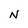
Character: N